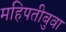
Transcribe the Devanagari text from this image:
महिपतीबुवा